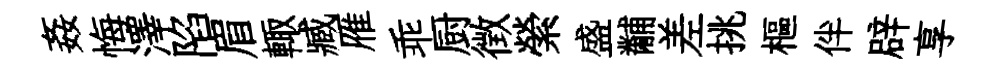
姦悔澤陷眉輙臧雁乖厨徴縈盛黼差挑樞伴辟享